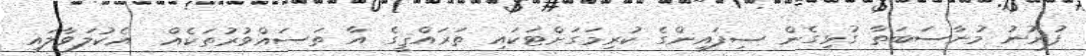
ފުރުނު މުނާސަބަތާ ގުޅިގެން ސިފައިންގެ ކުރިމަގަށްޓަކައި ތަރައްޤީގެ އާ ތަސައްވުރުތަކެއް  އެކުލަވާލައި